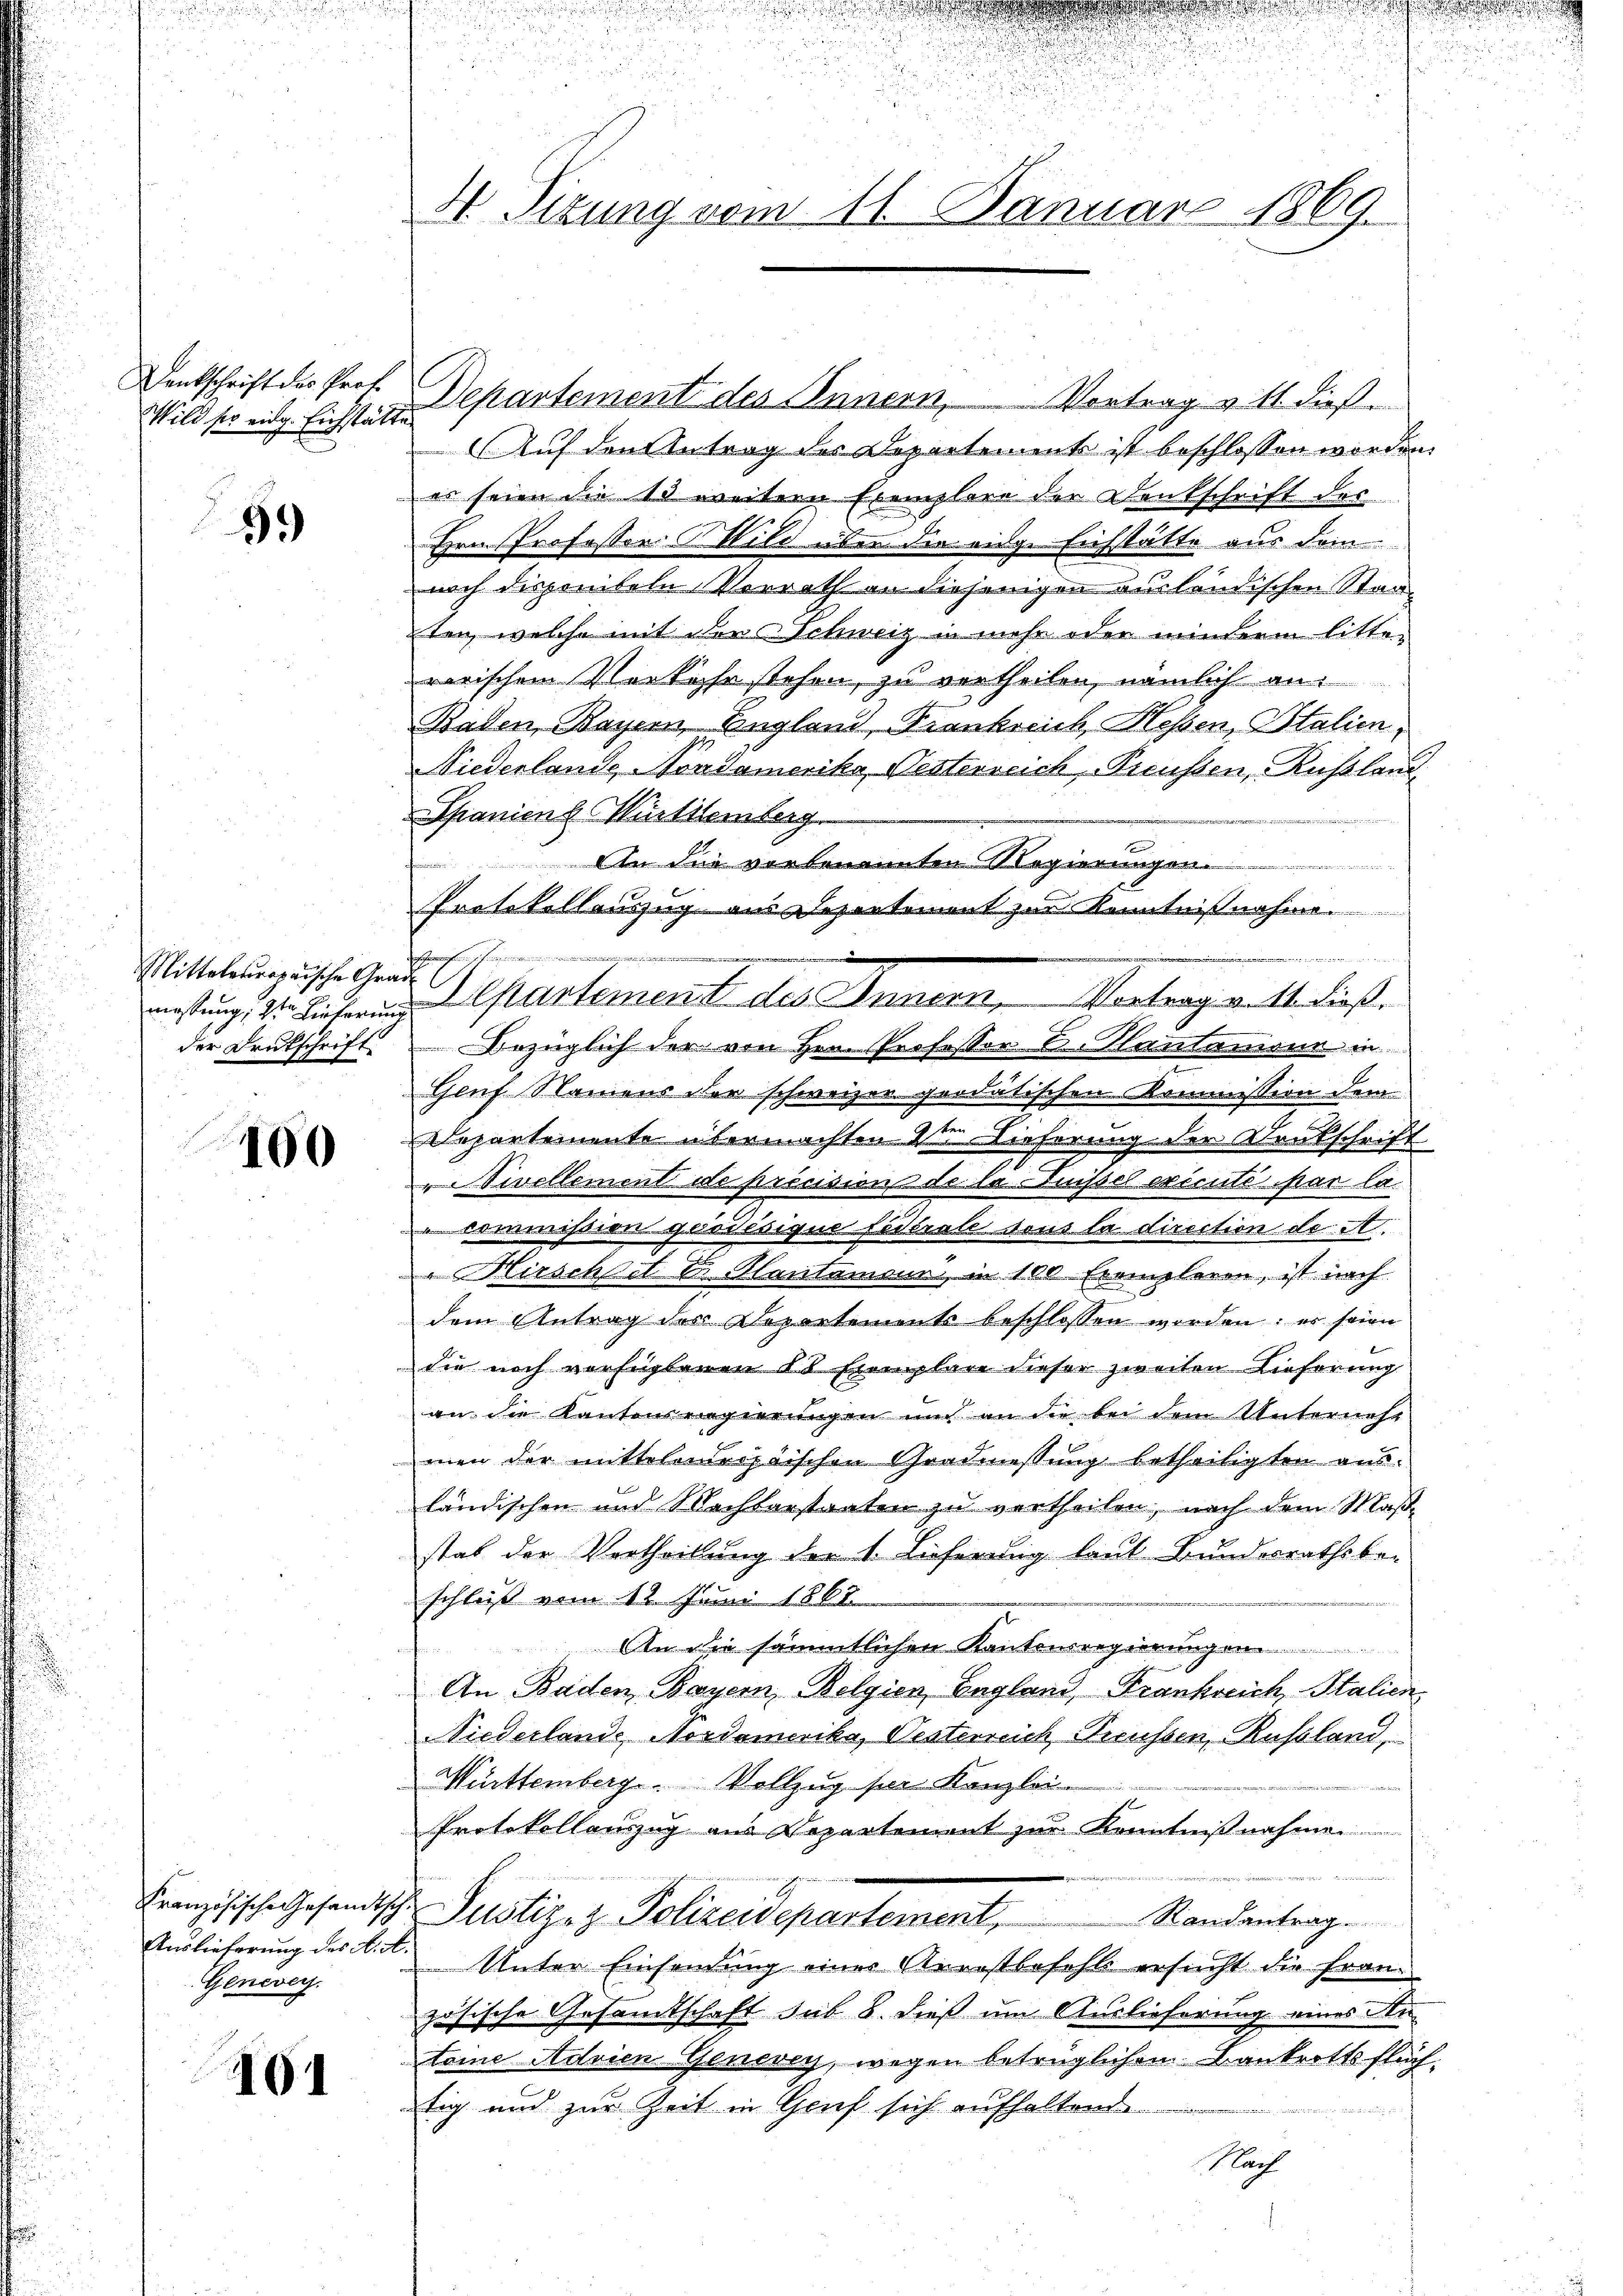
Denkschrift des Prof.
Wild so eidg. Eichstätte

99

Mittelstropaische Gramessung, 2ten hieferung
der Drukschrift

100

Französische Gesandtsch
Auslieferung des A. A.
Genevey.

101

e
u

u

u
a

n
.
4 Sizung vom 11. Januar 1869.

F
 u den zu

Departement des Innern, Vortrag v. 11. dieß
Auf den Antrag des Departement ist beschlossen worden.
es seien die 13 weitern Exemplare der Denkschrift des
Hrn. Professor Wild über die eige Eichstätte aus dem
urch dispenibeln Vorrath an diejenigen ausländischen Staaten, welche mit der Schweiz in mehr oder minderm litte-
rarischem Verkehr stehen, zu vertheilen, nämlich an:
Baden Bayern, England, Frankreich, Hessen, Italien,
Niederlande Nordamerika Vesterreich-Preussen, Rußland
Spanien & Württemberg.
fenen
An die vorbenannten Regierungen.

Protokollauszug aus Departement zur Kenntnißnahme.
hohenrechen
bezüglich der von Hrn. Professor C. Hantanisin in
.
Geuf Namens der schweizer quidatischen Kommission dem
.
Departemente übermachten dr Lieferung der Kautschrift
"Nivellement de procision de la müssel exicité par la
 commission großesique festrate tous la direction de A.
" Hirschtet Dr Hautamann, in 100 Exemplaren, ist nach
dem Antrag des Departement beschlossen worden: es seien
die noch verfügbaren 10 Exemplare dieser zweiten Lieferung
an die Kantonsengierungen und an die bei dem Unterweht
men der mittelndrossischen Gradmessung betheiligten ausländischen und Nachbarstraten zu vertheilen, nach dem Maßstat der Vertheilung der 1. Lieferung laut Bundesrathsbe-
schließ vom 12. Juni 1868
An die sämmtlichen Kantonsregierungen.
An Baden, Bayern Belgien England, Frankreich, Stalien
Niederlands Nordamerika, Vesterreich Trüssen, Russland,
Württemberg. Vollzug für Kanzlei
1
Protokollauszug aus Departement zur Kenntnißnahme
Justiz- & Polizeidepartement,
Randantrag
Unter Einsendung einer Arrestbefehls ersucht die Französische Gesamtschaft sub 8. dieß um Auslieferung eines Anteine Adrien Genevey, wegen betrüglichen Bankrottsflüchtig und zur Zeit in Genf sich aufhaltend
Nach

Departement des Innern Vertrag mitte dieß.

.

a